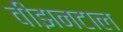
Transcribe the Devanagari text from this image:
वीझनटाल